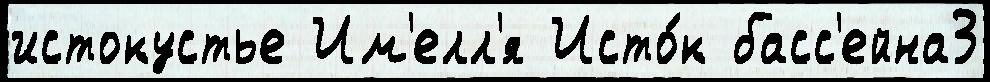
истокустье Им'елл'я Исто́к басс'ейна3